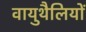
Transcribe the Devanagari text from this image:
वायुथैलियों